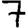
Digit: 7